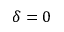
\delta = 0